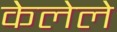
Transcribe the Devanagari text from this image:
केेलेले